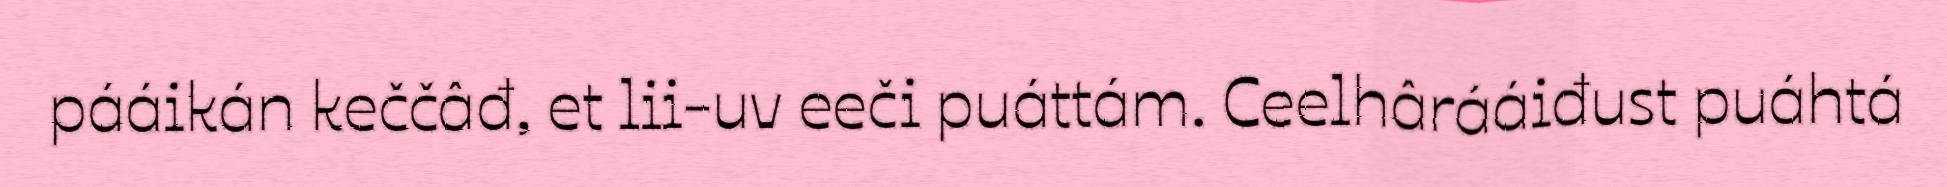
pááikán keččâđ, et lii-uv eeči puáttám. Ceelhârááiđust puáhtá